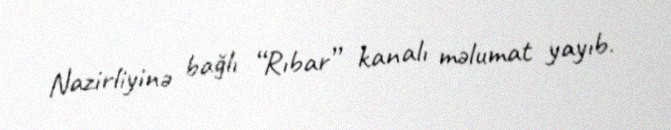
Nazirliyinə bağlı “Rıbar” kanalı məlumat yayıb.